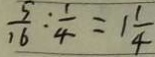
\frac { 5 } { 1 6 } : \frac { 1 } { 4 } = 1 \frac { 1 } { 4 }